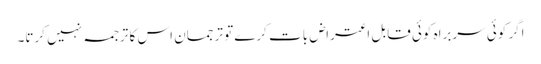
اگر کوئی سربراہ کوئی قابل اعتراض بات کرے تو ترجمان اس کا ترجمہ نہیں کرتا۔